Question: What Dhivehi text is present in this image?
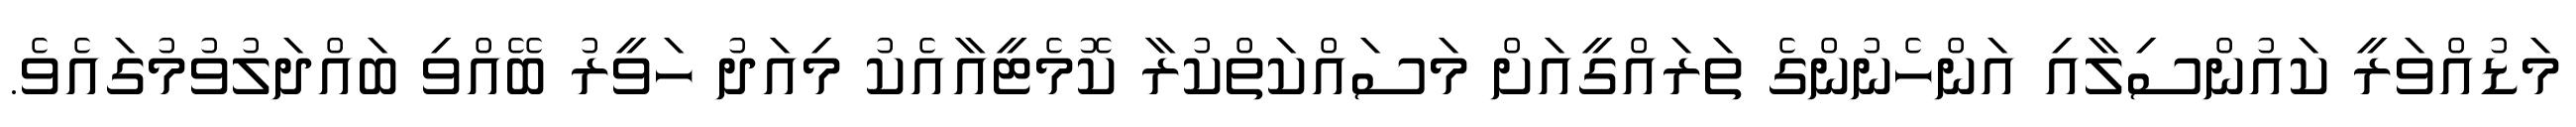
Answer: މަޑުއްވަރީ ކައުންސިލާއި އަންހެނުންގެ ތަރައްގީއަށް މަސައްކަތްކުރާ ކޮމެޓީއާއެކު މިއަދު ހަވީރު ބޭއްވި ބައްދަލުވުމުގައެވެ.